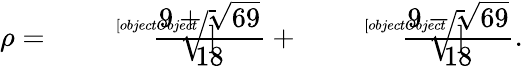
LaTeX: \rho={\sqrt[[objectObject]]{\frac{9+{\sqrt{69}}}{18}}}+{\sqrt[[objectObject]]{\frac{9-{\sqrt{69}}}{18}}}.